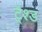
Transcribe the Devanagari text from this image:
ट्रैश्ड